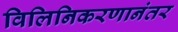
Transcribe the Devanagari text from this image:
विलिनिकरणानंतर